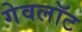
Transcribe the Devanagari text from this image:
गेवलॉट